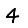
Digit: 4